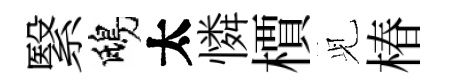
繄鴟太憐檟𫤗椿